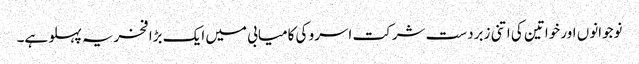
نوجوانوں اور خواتین کی اتنی زبردست شرکت اسرو کی کامیابی میں ایک بڑا فخریہ پہلو ہے۔